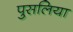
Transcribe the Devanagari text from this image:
पुसलिया